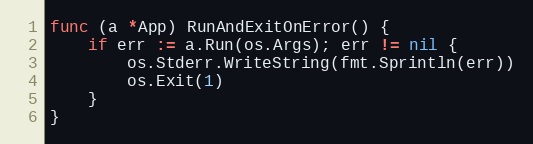
Language: Go
func (a *App) RunAndExitOnError() {
	if err := a.Run(os.Args); err != nil {
		os.Stderr.WriteString(fmt.Sprintln(err))
		os.Exit(1)
	}
}